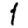
Digit: 1